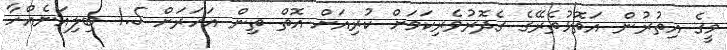
މީގެ އިތުރުން އަތޮޅުތެރޭގެ ގެދޮރުވެރިކަމަށް ކުރިއަށް އޮތް ތިން އަހަރަށް 1.5 ބިލިއަނެއްހާ